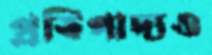
প্রতিপাদ্যও